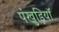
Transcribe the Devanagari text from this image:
पंखुड़ियॉ